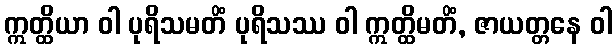
ဣတ္ထိယာ ဝါ ပုရိသမတိံ ပုရိသဿ ဝါ ဣတ္ထိမတိံ, ဇာယတ္တနေ ဝါ